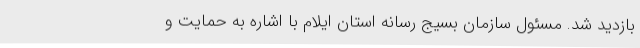
بازدید شد. مسئول سازمان بسیج رسانه استان ایلام با اشاره به حمایت و